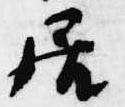
居